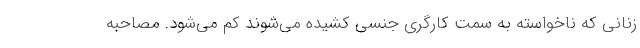
زنانی که ناخواسته به سمت کارگری جنسی کشیده می‌شوند کم می‌شود. مصاحبه